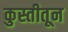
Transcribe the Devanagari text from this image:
कुस्तीतून